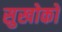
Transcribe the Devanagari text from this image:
सुखोको